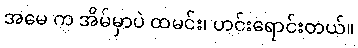
အမေ က အိမ်မှာပဲ ထမင်း၊ ဟင်းရောင်းတယ်။